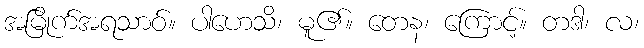
အမြိုက်အရသာဝ်။ ပါဟေသိ၊ မူ၏။ တေန၊ ကြောင့်။ တဒါ၊ လ၊